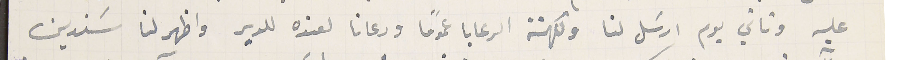
عليه وتاني يوم ارسَل لنا ولكهنة الرعايا عمومًا ودعانا لعنده للدير واظهر لنا سَندين